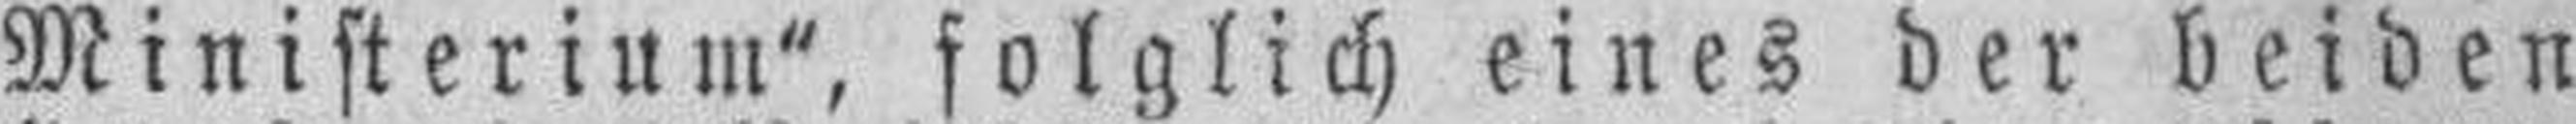
Ministerium", folglich eines der beiden